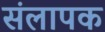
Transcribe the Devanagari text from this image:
संलापक